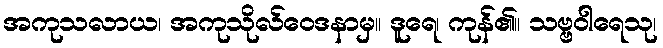
အကုသလာယ၊ အကုသိုလ်ဝေဒနာမှ။ ဒူရေ၊ ကုန်၏။ သဗ္ဗဝါရေသု၊